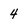
Character: 4